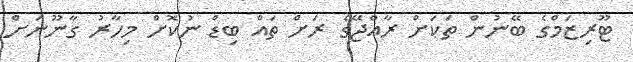
ޓޫރިޒަމްގެ ބޭނުން ތަކަށް ރާއްޖޭގެ ރަށް ތައް ބިޑް ނުކޮށް މިހާރު ގާނޫނަށް